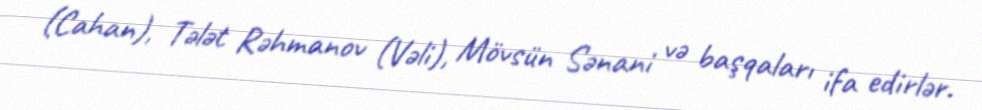
(Cahan), Tələt Rəhmanov (Vəli), Mövsün Sənani və başqaları ifa edirlər.